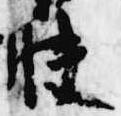
快